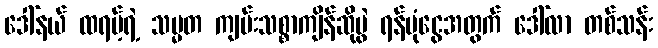
ဒေါ်နယ် ထရမ့်ရဲ့ သမ္မတ ကျမ်းသစ္စာကျိန်ဆိုပွဲ ရန်ပုံငွေအတွက် ဒေါ်လာ တစ်သန်း